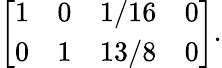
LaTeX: \left[{\begin{array}{cccc}{1}&{0}&{1/16}&{0}\\ {0}&{1}&{13/8}&{0}\end{array}}\right].